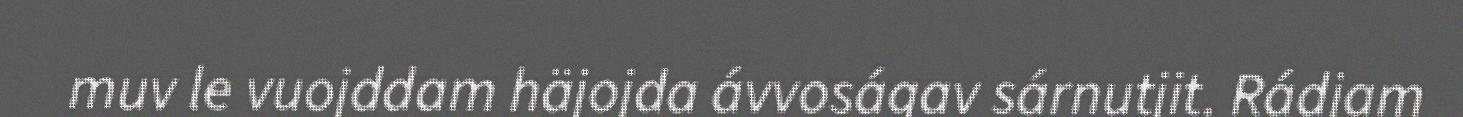
muv le vuojddam häjojda ávvoságav sárnutjit. Rádjam